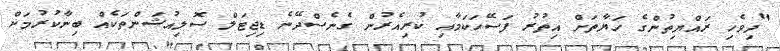
"ދިވެހި ރައްޔިތުންގެ ހަޔާތަށް އިތުރު ފަސޭހަކަމާއި ކުރިއެރުން ގެނެސްދޭނެ ޑިޖިޓަލް ސޮލިއުޝަންތަކެއް ބިނާކުރުމަށް